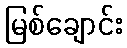
မြစ်ချောင်း